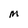
Character: M